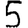
Digit: 5